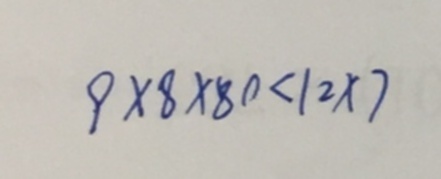
9 \times 8 \times 8 0 < 1 2 \times 7